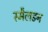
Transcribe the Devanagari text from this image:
स्मैलडन